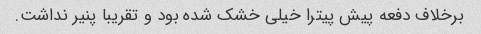
برخلاف دفعه پیش پیترا خیلی خشک شده بود و تقریبا پنیر نداشت.